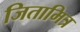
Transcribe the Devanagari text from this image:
जितामित्र